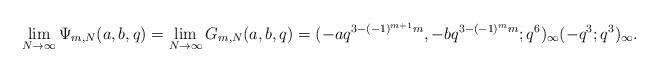
LaTeX: \begin{align*}\lim_{N\rightarrow\infty}\Psi_{m,N}(a,b,q) = \lim_{N\rightarrow\infty}G_{m,N}(a,b,q)=(-aq^{3-(-1)^{m+1}m},-bq^{3-(-1)^m m};q^6)_\infty(-q^3;q^3)_\infty.\end{align*}